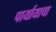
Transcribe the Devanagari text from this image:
पार्यायाचा